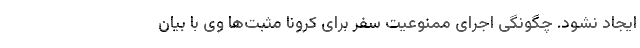
ایجاد نشود. چگونگی اجرای ممنوعیت سفر برای کرونا مثبت‌ها وی با بیان